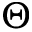
\boldsymbol { \Theta }